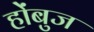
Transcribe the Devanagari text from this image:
होंबुज